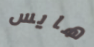
هايس